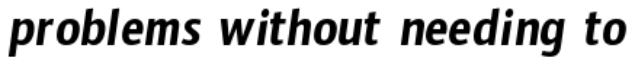
problems without needing to